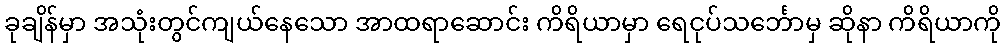
ခုချိန်မှာ အသုံးတွင်ကျယ်နေသော အာထရာဆောင်း ကိရိယာမှာ ရေငုပ်သင်္ဘောမှ ဆိုနာ ကိရိယာကို